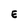
Character: E